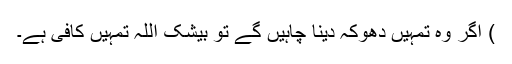
) اگر وہ تمہیں دھوکہ دینا چاہیں گے تو بیشک اللہ تمہیں کافی ہے۔